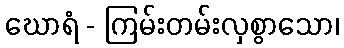
ဃောရံ - ကြမ်းတမ်းလှစွာသော၊